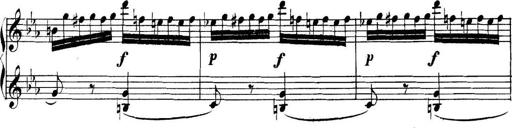
Title: Collected Piano Sonatas
Composer: Muzio Clementi